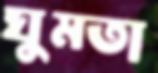
ঘুমতা